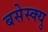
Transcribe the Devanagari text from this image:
बसेस्क्यु